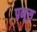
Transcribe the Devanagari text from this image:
प्रनूस